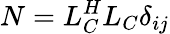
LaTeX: N=L_{C}^{H}L_{C}\delta_{ij}